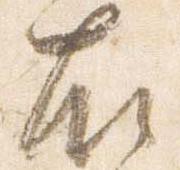
右